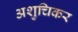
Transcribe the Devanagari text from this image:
अशुचिकर